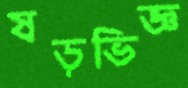
ষড়ভিজ্ঞ